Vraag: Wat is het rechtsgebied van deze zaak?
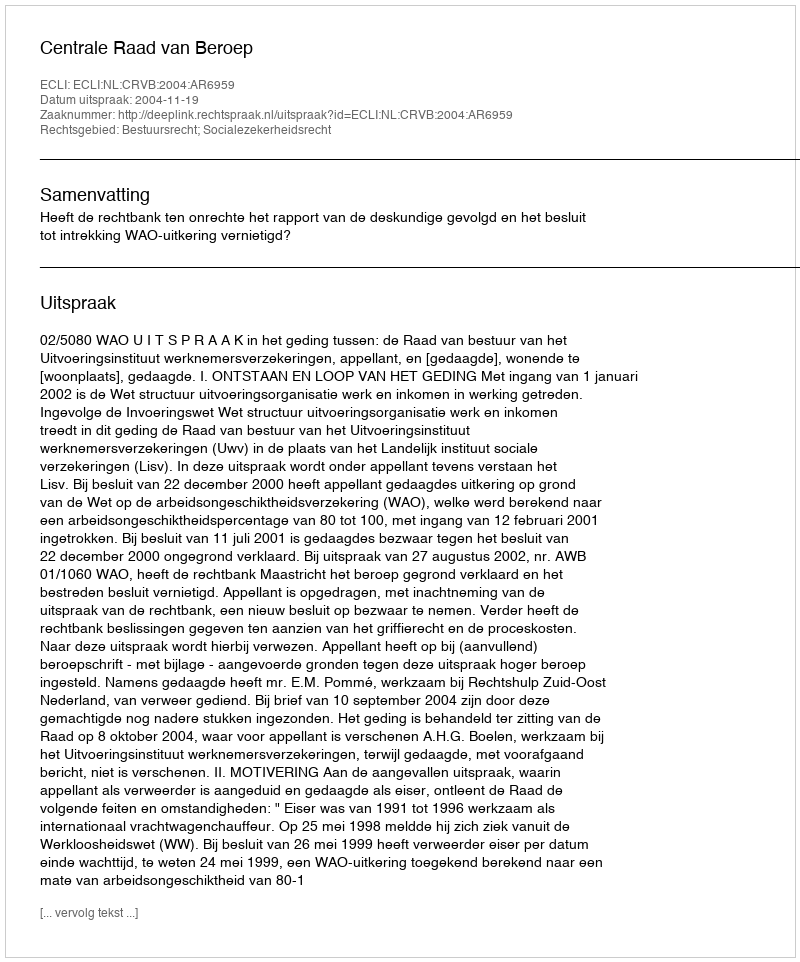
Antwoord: Bestuursrecht; Socialezekerheidsrecht